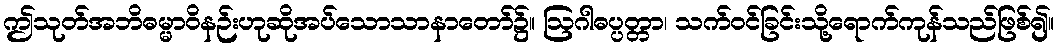
ဤသုတ်အဘိဓမ္မာဝိနဉ်းဟုဆိုအပ်သောသာနာတော်၌။ ဩဂါဓပ္ပတ္တာ၊ သက်ဝင်ခြင်းသို့ရောက်ကုန်သည်ဖြစ်၍။